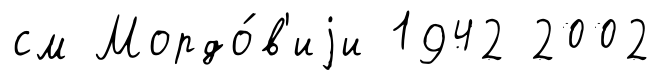
см Мордо́в'иjи 1942 2002